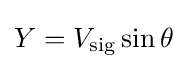
Y=V_{\text{sig}}\sin \theta